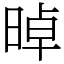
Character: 晫